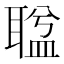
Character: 𦖬